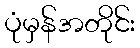
ပုံမှန်အတိုင်း